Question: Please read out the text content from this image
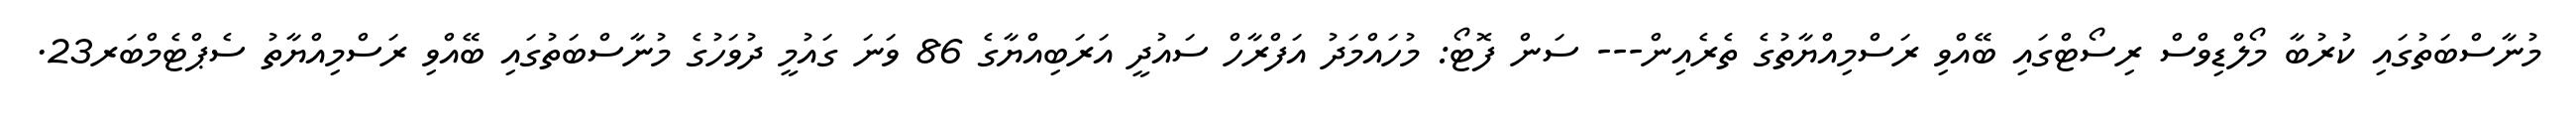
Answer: މުނާސްބަތުގައި ކުރުބާ މޯލްޑިވްސް ރިސޯޓްގައި ބޭއްވި ރަސްމިއްޔާތުގެ ތެރެއިން--- ސަން ފޮޓޯ: މުހައްމަދު އަފްރާހް ސައުދީ އަރަބިއްޔާގެ 86 ވަނަ ގައުމީ ދުވަހުގެ މުނާސްބަތުގައި ބޭއްވި ރަސްމިއްޔާތު ސެޕްޓެމްބަރ23.